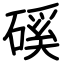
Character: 磎